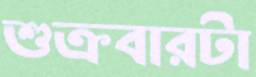
শুক্রবারটা